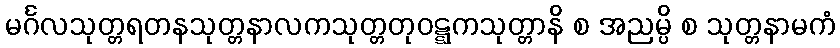
မင်္ဂလသုတ္တရတနသုတ္တနာလကသုတ္တတုဝဋ္ဋကသုတ္တာနိ စ အညမ္ပိ စ သုတ္တနာမကံ